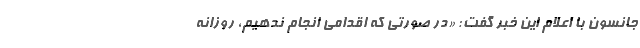
جانسون با اعلام این خبر گفت: «در صورتی که اقدامی انجام ندهیم، روزانه